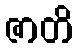
ဇာတိ